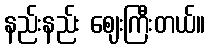
နည်းနည်း ဈေးကြီးတယ်။